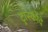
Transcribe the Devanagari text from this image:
ट्रांस्कोदे